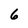
Character: 6